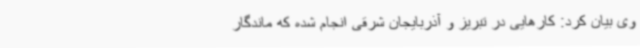
وی بیان کرد: کارهایی در تبریز و آذربایجان شرقی انجام شده که ماندگار